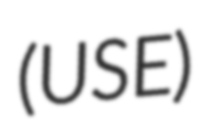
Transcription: (USE)